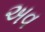
અવ